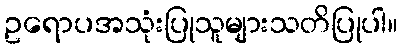
ဥရောပအသုံးပြုသူများသတိပြုပါ။